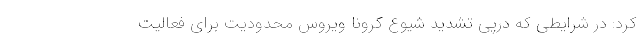
کرد: در شرایطی که درپی تشدید شیوع کرونا ویروس محدودیت برای فعالیت